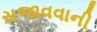
સજાવવાની